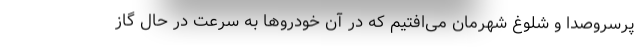
پرسروصدا و شلوغ شهرمان می‌افتیم که در آن خودروها به سرعت در حال گاز